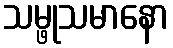
သမ္ဖုသမာနော